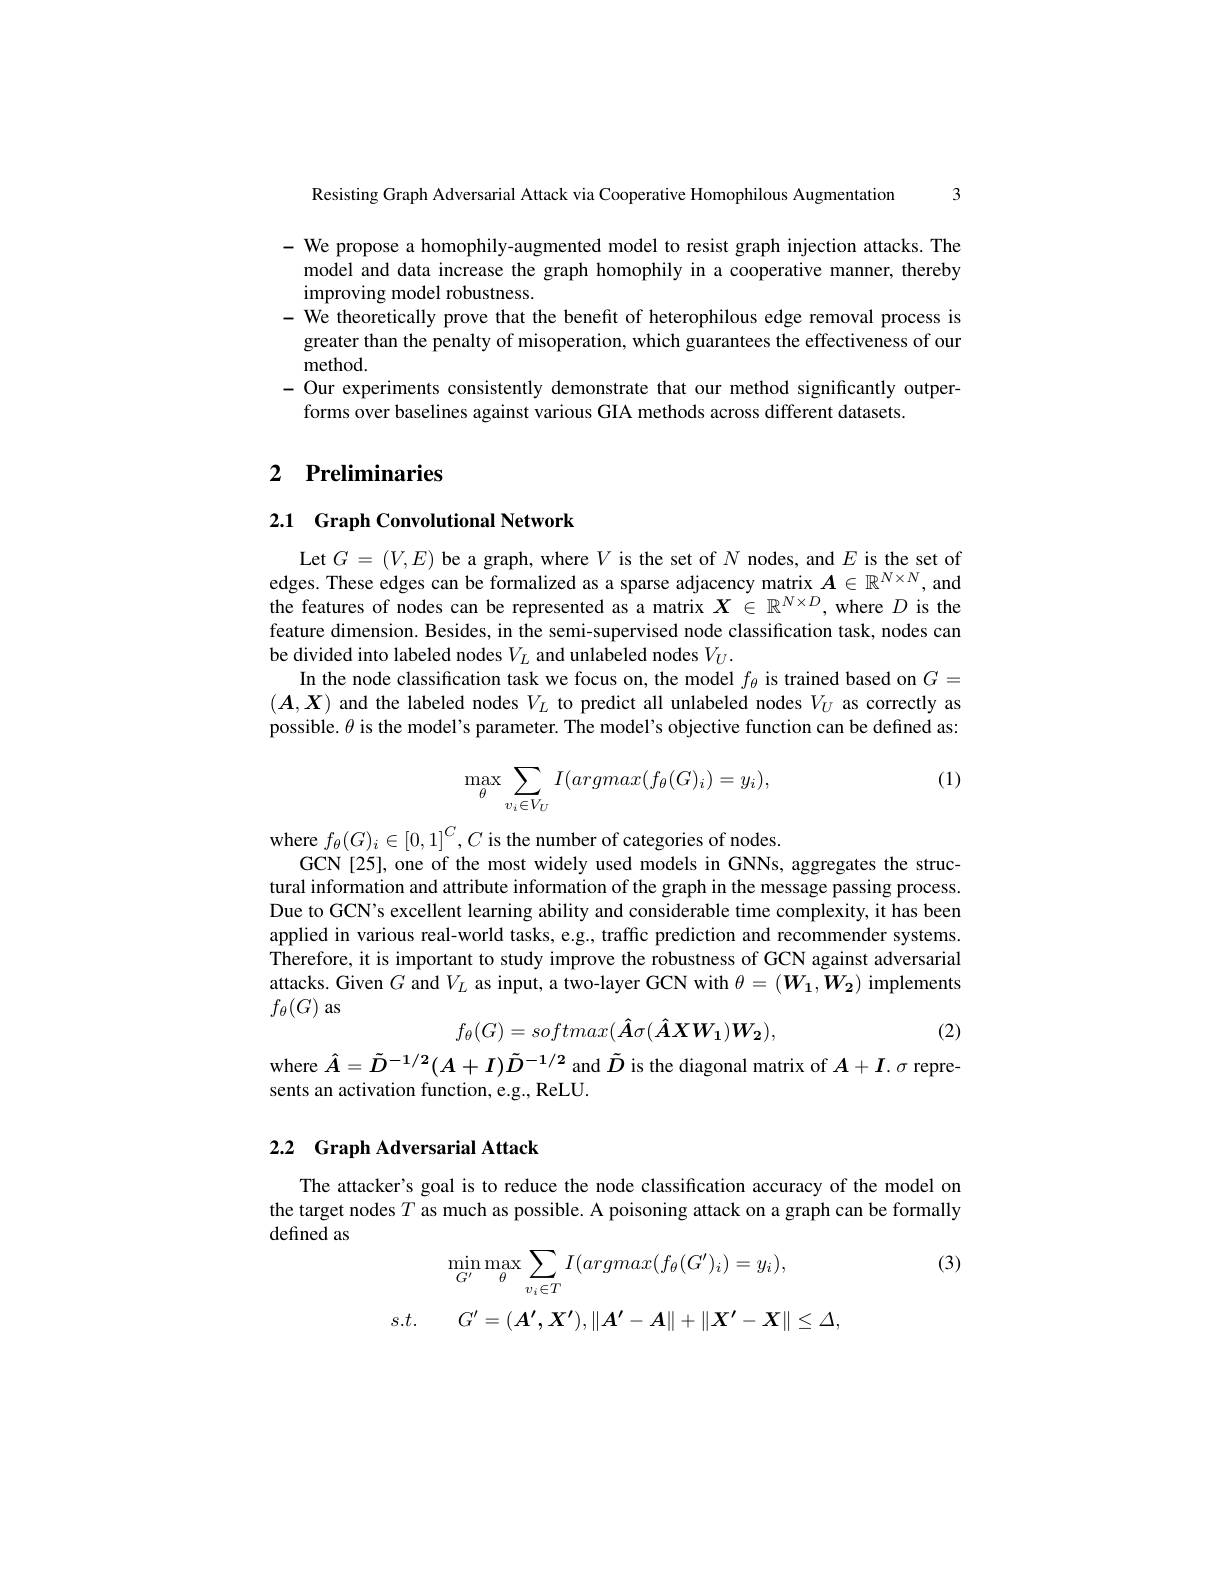
3

Resisting Graph Adversarial Attack via Cooperative Homophilous Augmentation

- We propose a homophily-augmented model to resist graph injection attacks. The
model and data increase the graph homophily in a cooperative manner, thereby
improving model robustness.
- We theoretically prove that the benefit of heterophilous edge removal process is
greater than the penalty of misoperation, which guarantees the effectiveness of our
method.
- Our experiments consistently demonstrate that our method significantly outper
forms over baselines against various GIA methods across different datasets

# 2 Preliminaries

## 2.1 Graph Convolutional Network

Let $G=(V,E)$ be a graph, where $V$ is the set of $N$ nodes, and $E$ is the set of edges. These edges can be formalized as a sparse adjacency matrix $\boldsymbol{A}\in\mathbb{R}^{N\times N}$, and the features of nodes can be represented as a matrix $X\in\mathbb{R}^N\times D$, where $D$ is the feature dimension. Besides, in the semi-supervised node classification task, nodes can be divided into labeled nodes $V_L$ and unlabeled nodes $V_U.$
In the node classification task we focus on, the model $f_\theta$ is trained based on $G=$ $(\boldsymbol{A},\boldsymbol{X})$ and the labeled nodes $V_L$ to predict all unlabeled nodes $V_U$ as correctly as possible. $\theta$ is the model's parameter. The model's objective function can be defined as:

(1)
$$\max_\theta\sum_{v_i\in V_U}I(argmax(f_\theta(G)_i)=y_i),$$
where $f_\theta(G)_i\in[0,1]^C,C$ is the number of categories of nodes.
GCN[25], one of the most widely used models in GNNs, aggregates the structural information and attribute information of the graph in the message passing process. Due to GCN's excellent learning ability and considerable time complexity, it has been applied in various real-world tasks, e.g., traffic prediction and recommender systems. Therefore, it is important to study improve the robustness of GCN against adversarial attacks. Given $G$ and $V_L$ as input, a two-layer GCN with $\theta=(W_1,W_2)$ implements $f_\theta(G)$ as
$$f_\theta(G)=softmax(\hat{A}\sigma(\hat{A}XW_1)W_2),$$
(2)

where $\hat{A}=\tilde{D}^{-1/2}(A+I)\tilde{D}^{-1/2}$ and $\tilde{D}$ is the diagonal matrix of $A+I.\sigma$ repre-
sents an activation function, e.g., ReLU.

# 2.2 Graph Adversarial Attack

The attacker's goal is to reduce the node classification accuracy of the model on the target nodes $T$ as much as possible. A poisoning attack on a graph can be formally defined as

(3)
$$\min\limits_{G'}\max\limits_{\theta}\sum\limits_{v_i\in T}I(argmax(f_\theta(G')_i)=y_i),$$
$$G'=(A',X'),\|A'-A\|+\|X'-X\|\leq\Delta,$$